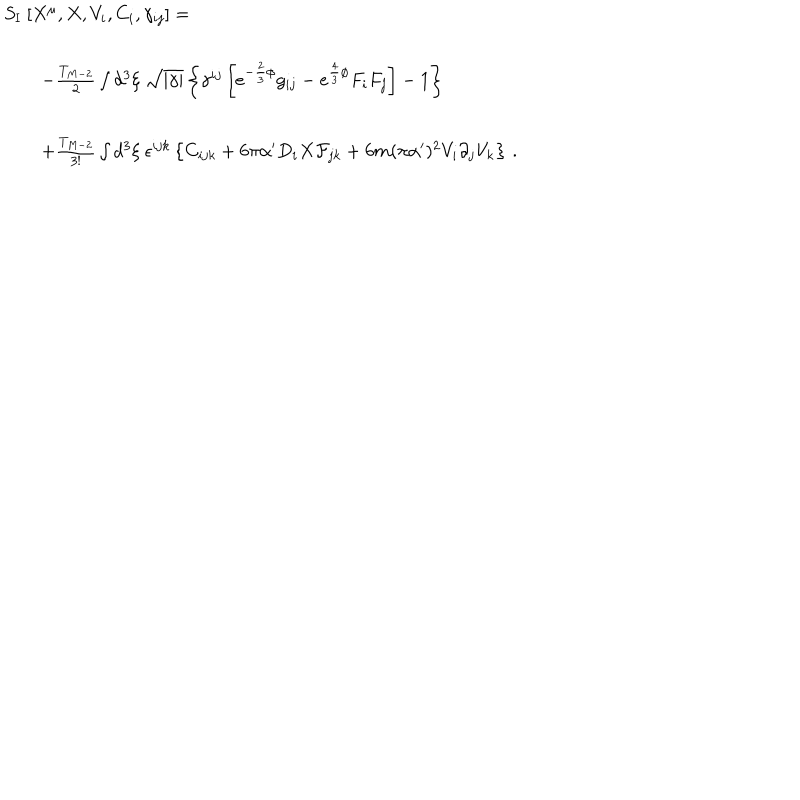
\begin{array} { r c l } { { S _ { \mathrm { I } } \ [ X ^ { \mu } , X , V _ { i } , C _ { i } , \gamma _ { i j } ] = \hspace { - 3 c m } } } & { { } } & { { } } \\ { { } } & { { } } & { { } } \\ { { } } & { { } } & { { - \frac { T _ { M - 2 } } { 2 } \int d ^ { 3 } \xi \ \sqrt { | \gamma | } \left\{ \gamma ^ { i j } \left[ e ^ { - \frac { 2 } { 3 } \phi } g _ { i j } - e ^ { \frac { 4 } { 3 } \phi } F _ { i } F _ { j } \right] - 1 \right\} } } \\ { { } } & { { } } & { { } } \\ { { } } & { { } } & { { + \frac { T _ { M - 2 } } { 3 ! } \int d ^ { 3 } \xi \ \epsilon ^ { i j k } \left\{ C _ { i j k } + 6 \pi \alpha ^ { \prime } D _ { i } X { \cal F } _ { j k } + 6 m ( \pi \alpha ^ { \prime } ) ^ { 2 } V _ { i } \partial _ { j } V _ { k } \right\} \, . } } \\ \end{array}